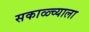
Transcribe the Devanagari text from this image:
सकाळ्च्याला